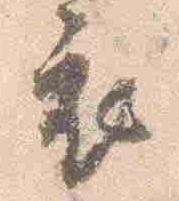
衣